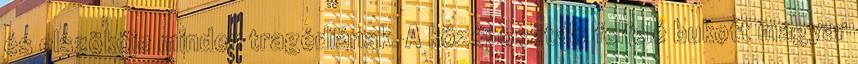
és elszökője minden tragédiának. A középosztály felfelé bukott magyar